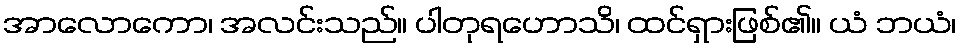
အာလောကော၊ အလင်းသည်။ ပါတုရဟောသိ၊ ထင်ရှားဖြစ်၏။ ယံ ဘယံ၊